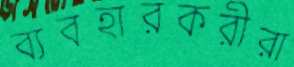
ব্যবহারকরীরা